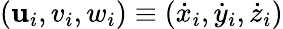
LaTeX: (\mathbf{u}_{i},v_{i},w_{i})\equiv(\dot{{x}}_{i},\dot{{y}}_{i},\dot{{z}}_{i})